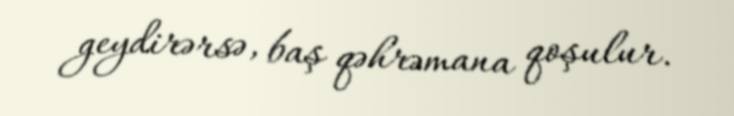
geydirərsə, baş qəhrəmana qoşulur.